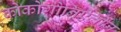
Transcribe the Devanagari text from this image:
कोकोगोनिऐलीज़